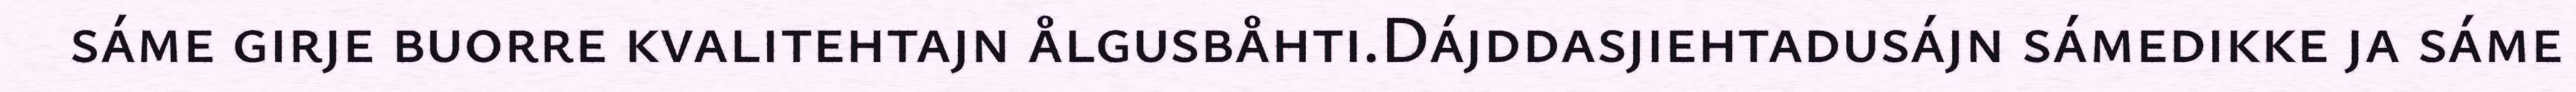
sáme girje buorre kvalitehtajn ålgusbåhti.Dájddasjiehtadusájn sámedikke ja sáme